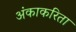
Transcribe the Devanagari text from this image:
अंकाकरिता